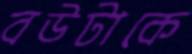
বউটাকে